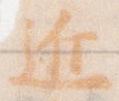
近